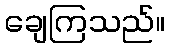
ချေကြသည်။